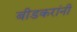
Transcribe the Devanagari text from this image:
बीडकरांनी